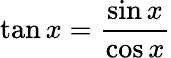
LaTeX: \tan x={\frac{\sin x}{\cos x}}